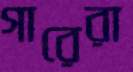
গারেরা